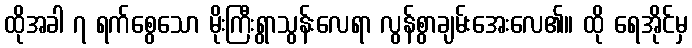
ထိုအခါ ၇ ရက်စွေသော မိုးကြီးရွာသွန်းလေရာ လွန်စွာချမ်းအေးလေ၏။ ထို ရေအိုင်မှ